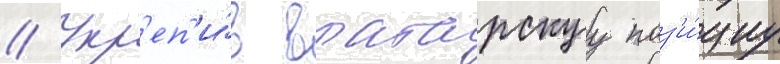
// Укр'еп'и́в вратарскуу поз'и́циу